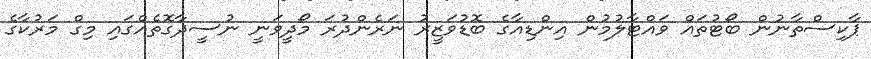
ޕާކިސްތާނުން ބޯޓުތައް ވައްޓާލުމުން އިންޑިއާގެ ބޮޑުވަޒީރު ނަރެންދުރަ މޯދީވަނީ ނުސީދާގޮތެއްގައި މިގް މަރުކާގެ